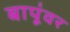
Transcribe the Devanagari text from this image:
बापूंवर